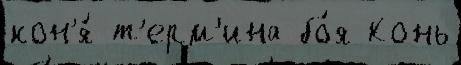
кон'я́ т'ерм'ина бо́я Конь